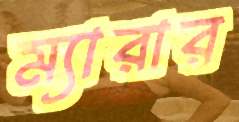
ম্যারার